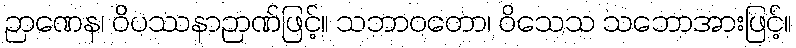
ဉာဏေန၊ ဝိပဿနာဉာဏ်ဖြင့်။ သဘာဝတော၊ ဝိသေသ သဘောအားဖြင့်။